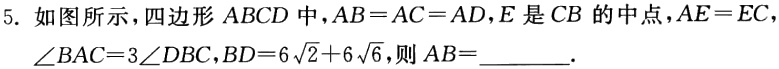
5. 如图所示，四边形 \(ABCD\) 中，\(AB = AC = AD\)，\(E\) 是 \(CB\) 的中点，\(AE = EC\)，\(\angle BAC = 3\angle DBC\)，\(BD = 6\sqrt{2}+6\sqrt{6}\)，则 \(AB =\) ________．